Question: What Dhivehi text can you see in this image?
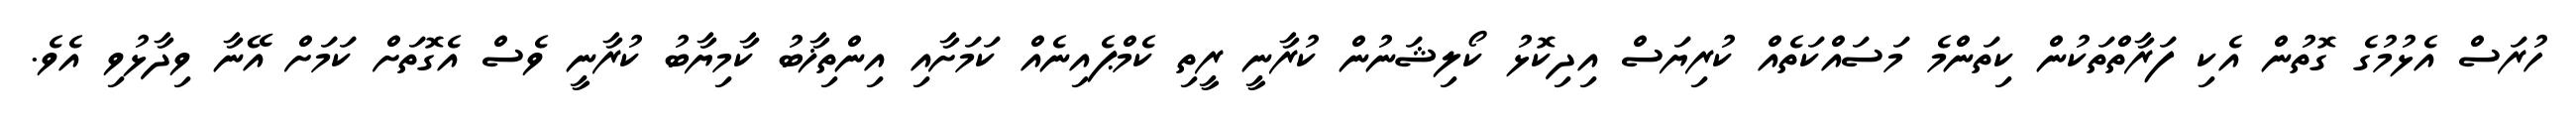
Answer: ހުރަސް އެޅުމުގެ ގޮތުން އެކި ފަރާތްތަކުން ކިތަންމެ މަސައްކަތެއް ކުރިޔަސް އިދިކޮޅު ކޯލިޝަނުން ކުރާނީ ރީތި ކެމްޕެއިނެއް ކަމަށާއި އިންތިޚާބު ކާމިޔާބު ކުރާނީ ވެސް އެގޮތަށް ކަމަށް އޭނާ ވިދާޅުވި އެވެ.